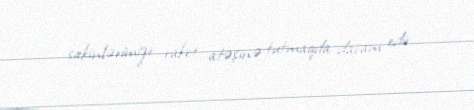
sakinlərimizi raket atəşinə tutmaqda davam edir.